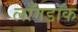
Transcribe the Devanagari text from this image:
लाँगडॉक